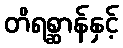
တိရစ္ဆာန်နှင့်